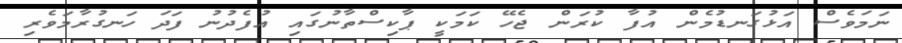
ނަމަވެސް އަޅުގަނޑުމެން އުފާ ކުރަން ޖެހޭ ކަމަކީ ޕާކިސްތާނުގައި އުފެދުނު ފަދަ ހަނގުރާމަވެރި